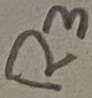
Text: R3